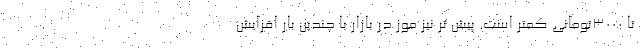
تا ۳۰۰۰تومانی کمتر است. پیش تر نیز موز در بازار با چندین بار افزایش